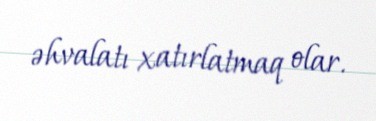
əhvalatı xatırlatmaq olar.